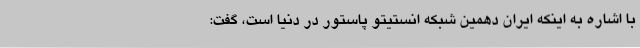
با اشاره به اینکه ایران دهمین شبکه انستیتو پاستور در دنیا است، گفت: